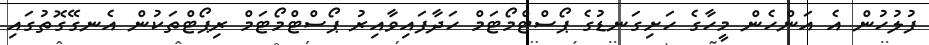
ފުލުހުން އެ އަންހެން މީހާގެ ހަށިގަނޑުގެ ޕޯސްޓްމޯޓަމް ހަދާފައިވާއިރު ޕޯސްޓްމޯޓަމް ރިޕޯޓްތަކުން އެނގޭގޮތުގައި